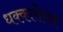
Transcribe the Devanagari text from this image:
धक्कारोधक